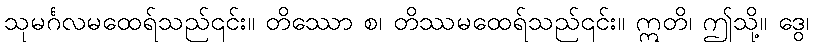
သုမင်္ဂလမထေရ်သည်၎င်း။ တိဿော စ၊ တိဿမထေရ်သည်၎င်း။ ဣတိ၊ ဤသို့။ ဒွေ၊